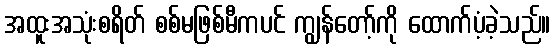
အထူးအသုံးစရိတ် စစ်မဖြစ်မီကပင် ကျွန်တော့်ကို ထောက်ပံ့ခဲ့သည်။